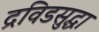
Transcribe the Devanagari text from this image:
द्रविडसुद्धा